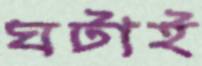
ঘটাই